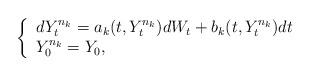
LaTeX: \begin{align*} \left \{ \begin{array}{lll} dY^{n_k}_{t} = a_{k}(t,Y^{n_k}_t)dW_t + b_{k}(t,Y^{n_k}_t )dt \\ Y^{n_k}_0 = Y_0, \end{array} \right .\end{align*}